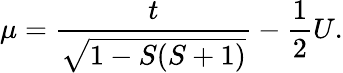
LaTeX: \mu=\frac{t}{\sqrt{1-S(S+1)}}-\frac{1}{2}U.